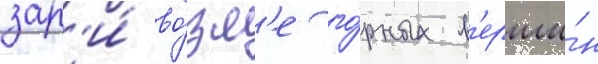
зар'и́ во́зл'е го́рных в'ерши́н